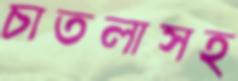
চাতলাসহ